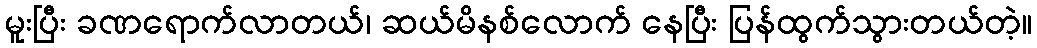
မူးပြီး ခဏရောက်လာတယ်၊ ဆယ်မိနစ်လောက် နေပြီး ပြန်ထွက်သွားတယ်တဲ့။